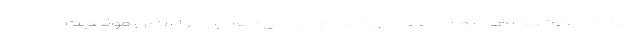
امکان درخواست خودروی امداد بدون نیاز به تماس تلفنی و بر اساس موقعیت